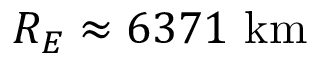
R _ { E } \approx 6 3 7 1 ~ \mathrm { k m }